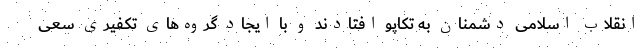
انقلاب اسلامی دشمنان به تکاپو افتادند و با ایجاد گروه‌های تکفیری سعی